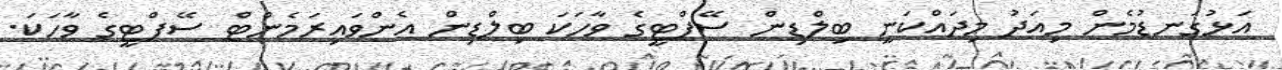
އަޅުގަނޑުމެން މިއަދު މިދައްކަނީ ބިލްޑިން ސޭފްޓީގެ ވާހަކަ ބިލްޑިން އެންވައިރަމެންޓް ސޭފްޓީގެ ވާހަކަ.